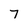
Character: 7